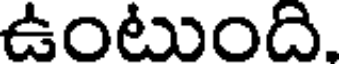
ఉంటుంది.